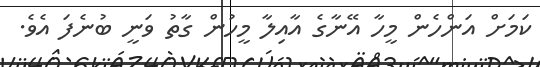
ކަމަށް އަންހެން މީހާ އޭނާގެ އާއިލާ މީހުން ގާތު ވަނީ ބުނެފަ އެވެ.